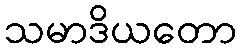
သမာဒိယတော